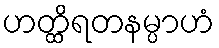
ဟတ္ထိရတနမ္ပာဟံ